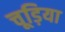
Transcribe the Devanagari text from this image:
चूड़िया